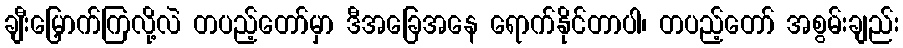
ချီးမြှောက်ကြလို့လဲ တပည့်တော်မှာ ဒီအခြေအနေ ရောက်နိုင်တာပါ၊ တပည့်တော် အစွမ်းချည်း